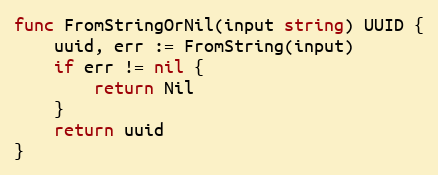
Language: Go
func FromStringOrNil(input string) UUID {
	uuid, err := FromString(input)
	if err != nil {
		return Nil
	}
	return uuid
}